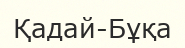
Қадай-Бұқа